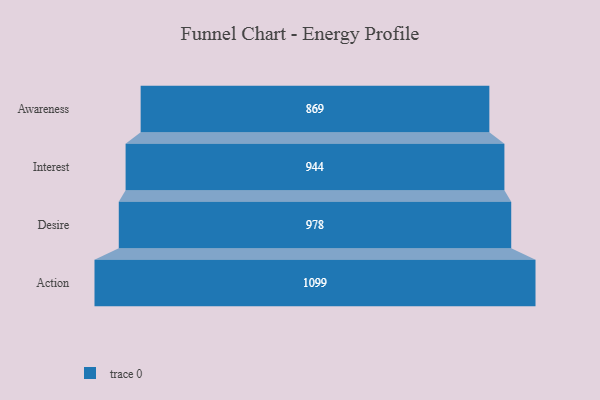
{"axis": {"x": "Stage", "y": "Value"}, "legend": [""], "data": [{"x": "Awareness", "y": 869.0, "type": ""}, {"x": "Interest", "y": 944.0, "type": ""}, {"x": "Desire", "y": 978.0, "type": ""}, {"x": "Action", "y": 1099.0, "type": ""}]}